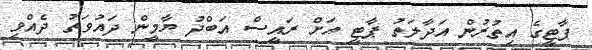
ޕާޓީގެ އިތުރުން އަދާލަތު ޕާޓީ އަށް ރައީސް އަބްދު ޔާމީން ދައުވަތު ދެއްވި